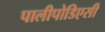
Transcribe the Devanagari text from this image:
पालीपोडिएसी